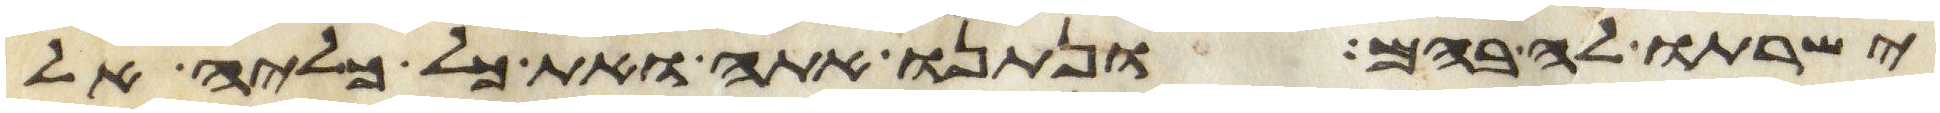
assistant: ישרתו לה בהם ונתנו אתה ואת כל כליה אל